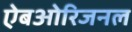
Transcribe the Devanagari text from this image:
ऐबओरिजनल